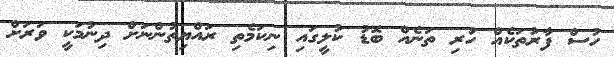
ހުސް ފާރުތަކެއް ހުރި ތަނެއް ބޮޑު ކުލީގައި ނިކަމެތި ރައްޔިތުންނަށް ދިނުމަކީ ވަރަށް